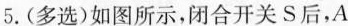
5.(多选)如图所示，闭合开关S后，A